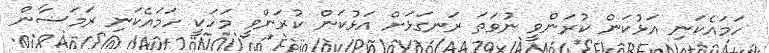
ހަމައެކަނި އަޅުކަން ކުރަންވީ ނުވަތަ ރަނގަޅަށް އަޅުކަން ކުރަންވީ މަހަކީ ހަމައެކަނި ރަމަޟާން